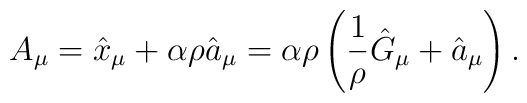
A_{\mu}=\hat{x}_{\mu}+ \alpha \rho \hat{a}_{\mu} =\alpha\rho \left( \frac{1}{\rho}\hat{G}_{\mu}+ \hat{a}_{\mu} \right).